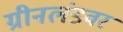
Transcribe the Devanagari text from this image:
ग्रीनलंडवर